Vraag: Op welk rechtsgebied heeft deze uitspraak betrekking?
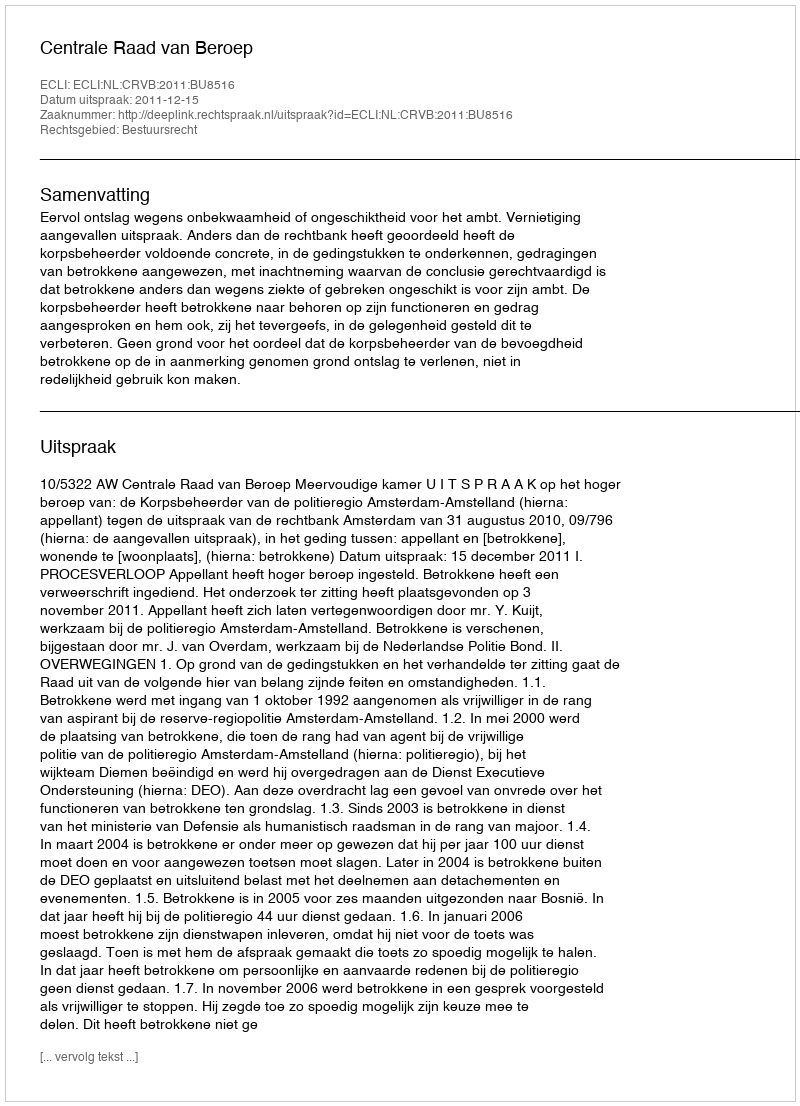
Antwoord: Bestuursrecht